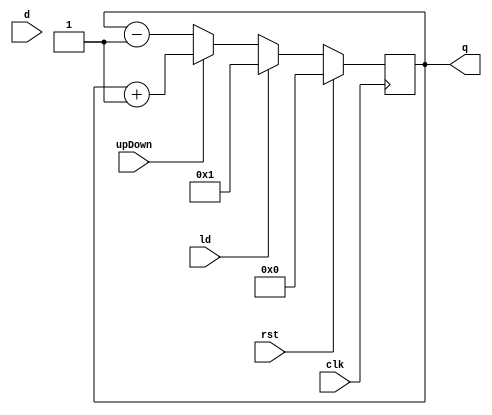
/*
Authors: Bryan Pesquera
Description: Up or Down counter design simulated 
using Icarus Verilog 0.10.0 11/23/14 on edaplayground.com
Date: Feb. 22, 2017.
*/

module counter(clk, rst, upDown, ld, q, d);
  output reg [3:0] q;	//output
  input [3:0] d;	//input
  input ld;	//data to load
  input clk, //clock
  		rst, //reset
  		upDown; // up/down control

  always @(posedge clk)
    begin
      if(rst) q <= 4'b0;
      else if(ld) q <= ld;
      else if(upDown) q <= q+1;
      else q <= q-1;
    end
endmodule